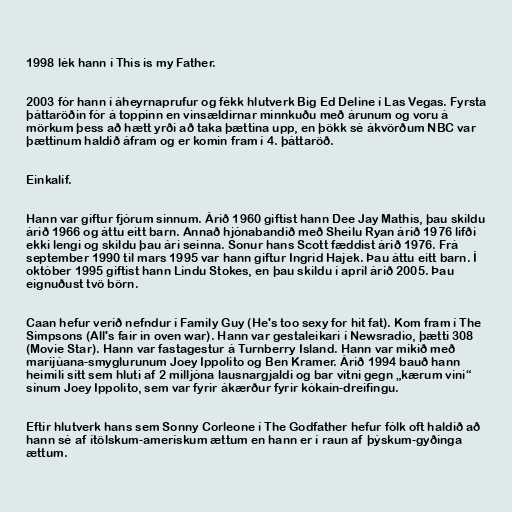
1998 lék hann í This is my Father.

2003 fór hann í áheyrnaprufur og fékk hlutverk Big Ed Deline í Las Vegas. Fyrsta
þáttaröðin fór á toppinn en vinsældirnar minnkuðu með árunum og voru á
mörkum þess að hætt yrði að taka þættina upp, en þökk sé ákvörðum NBC var
þættinum haldið áfram og er komin fram í 4. þáttaröð.

Einkalíf.

Hann var giftur fjórum sinnum. Árið 1960 giftist hann Dee Jay Mathis, þau skildu
árið 1966 og áttu eitt barn. Annað hjónabandið með Sheilu Ryan árið 1976 lifði
ekki lengi og skildu þau ári seinna. Sonur hans Scott fæddist árið 1976. Frá
september 1990 til mars 1995 var hann giftur Ingrid Hajek. Þau áttu eitt barn. Í
október 1995 giftist hann Lindu Stokes, en þau skildu í apríl árið 2005. Þau
eignuðust tvö börn.

Caan hefur verið nefndur í Family Guy (He's too sexy for hit fat). Kom fram í The
Simpsons (All's fair in oven war). Hann var gestaleikari í Newsradio, þætti 308
(Movie Star). Hann var fastagestur á Turnberry Island. Hann var mikið með
marijúana-smyglurunum Joey Ippolito og Ben Kramer. Árið 1994 bauð hann
heimili sitt sem hluti af 2 milljóna lausnargjaldi og bar vitni gegn „kærum vini“
sínum Joey Ippolito, sem var fyrir ákærður fyrir kókaín-dreifingu.

Eftir hlutverk hans sem Sonny Corleone í The Godfather hefur fólk oft haldið að
hann sé af ítölskum-amerískum ættum en hann er í raun af þýskum-gyðinga
ættum.